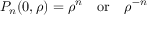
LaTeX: P _ { n } ( 0 , \rho ) = \rho ^ { n } \, \, \, \, \, \, \mathrm { o r } \, \, \, \, \, \, \rho ^ { - n }